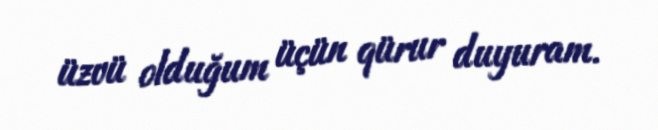
üzvü olduğum üçün qürur duyuram.